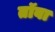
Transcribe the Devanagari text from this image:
तॉबा